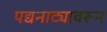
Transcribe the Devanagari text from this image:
पद्यनाट्यावरून